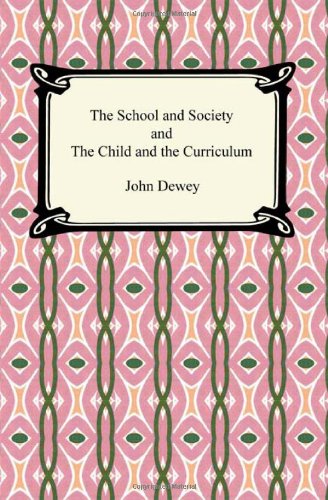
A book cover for The School and Society and the Child and the Curriculum; John Dewey; Christian Books & Bibles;